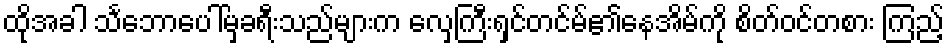
ထိုအခါ သင်္ဘောပေါ်မှခရီးသည်များက လှေကြီးရှင်တင်မ်၏နေအိမ်ကို စိတ်ဝင်တစား ကြည့်